Statistical return of the lunatic asylum in Assam - 1912-1932
Year: 1912
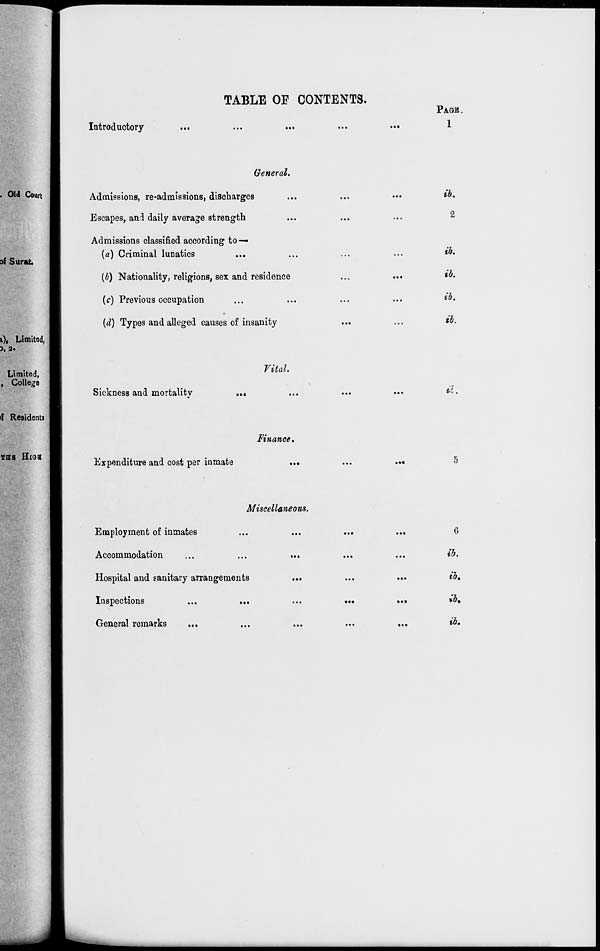
TABLE OF CONTENTS.
Introductory
PAGE.
1
General.
Admissions, re-admissions, discharges
Escapes, and daily average strength
Admissions classified according to—
(a) Criminal lunatics
{b) Nationality, religions, sex and residence
(c) Previous occupation
(d) Types and alleged causes of insanity
ib.
2
ib.
ib.
ib.
ib.
if Residents
Vital.
Sickness and mortalitv
Finance.
Expenditure and cost per inmate
.«•
ti.
Miscellaneous.
Employment of inmates
Accommodation
Hospital and sanitary arrangements
Inspections
General remarks
6
ib.
ib,
ib.
ib.